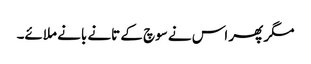
مگر پھر اس نے سوچ کے تانے بانے ملائے۔